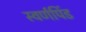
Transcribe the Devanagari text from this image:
स्वर्णपिंड